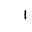
Letter: _alif